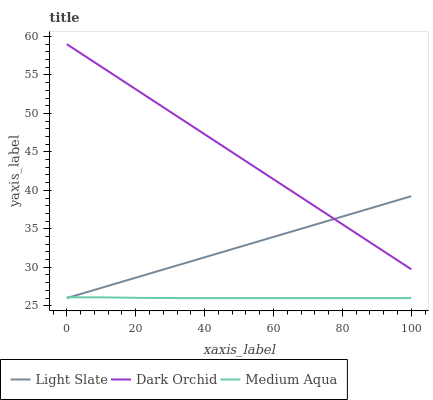
| xaxis_label | Light Slate | Dark Orchid | Medium Aqua |
 | --- | --- | --- | --- |
 | 0 | 26 | 59 | 26.1 |
 | 11.1 | 27.5 | 55.7 | 26.1 |
 | 22.2 | 28.9 | 52.5 | 26 |
 | 33.3 | 30.4 | 49.2 | 26 |
 | 44.4 | 31.9 | 46 | 26 |
 | 55.6 | 33.4 | 42.7 | 26 |
 | 66.7 | 34.8 | 39.5 | 26 |
 | 77.8 | 36.3 | 36.2 | 26 |
 | 88.9 | 37.8 | 33 | 26 |
 | 100 | 39.2 | 29.7 | 26 |